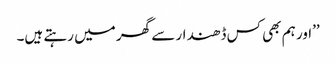
’’اور ہم بھی کس ڈھندار سے گھر میں رہتے ہیں۔